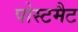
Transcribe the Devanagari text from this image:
पोस्टमैट